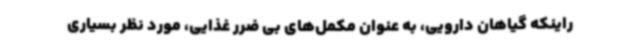
راینکه گیاهان دارویی، به عنوان مکمل‌های بی ضرر غذایی، مورد نظر بسیاری